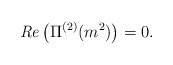
\begin{align*}{\it Re} \left( \Pi^{(2)} (m^2) \right) = 0 .\end{align*}